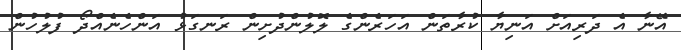
އޭނާ އެ ދަރިއަށް އަނިޔާ ކުރާތަން އަހަރެންގެ ލޮލުންދުށިން ރަނގަޅު އަންހެނެއްދޯ ފުލުހުން